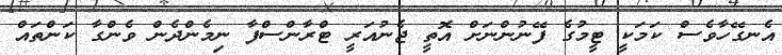
އެނގޭހާވެސް ކަމަކީ ޓީމުގެ ފޭނުންނަށް އޮތީ ޖެނުއަރީ ޓްރާންސްފާ ނިމެންދެން ވެންގާ ކަންތައް